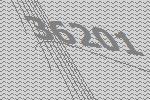
36201